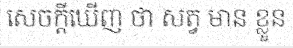
សេចក្តីឃើញ ថា សត្វ មាន ខ្លួន